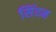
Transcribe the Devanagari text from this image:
सिंदम